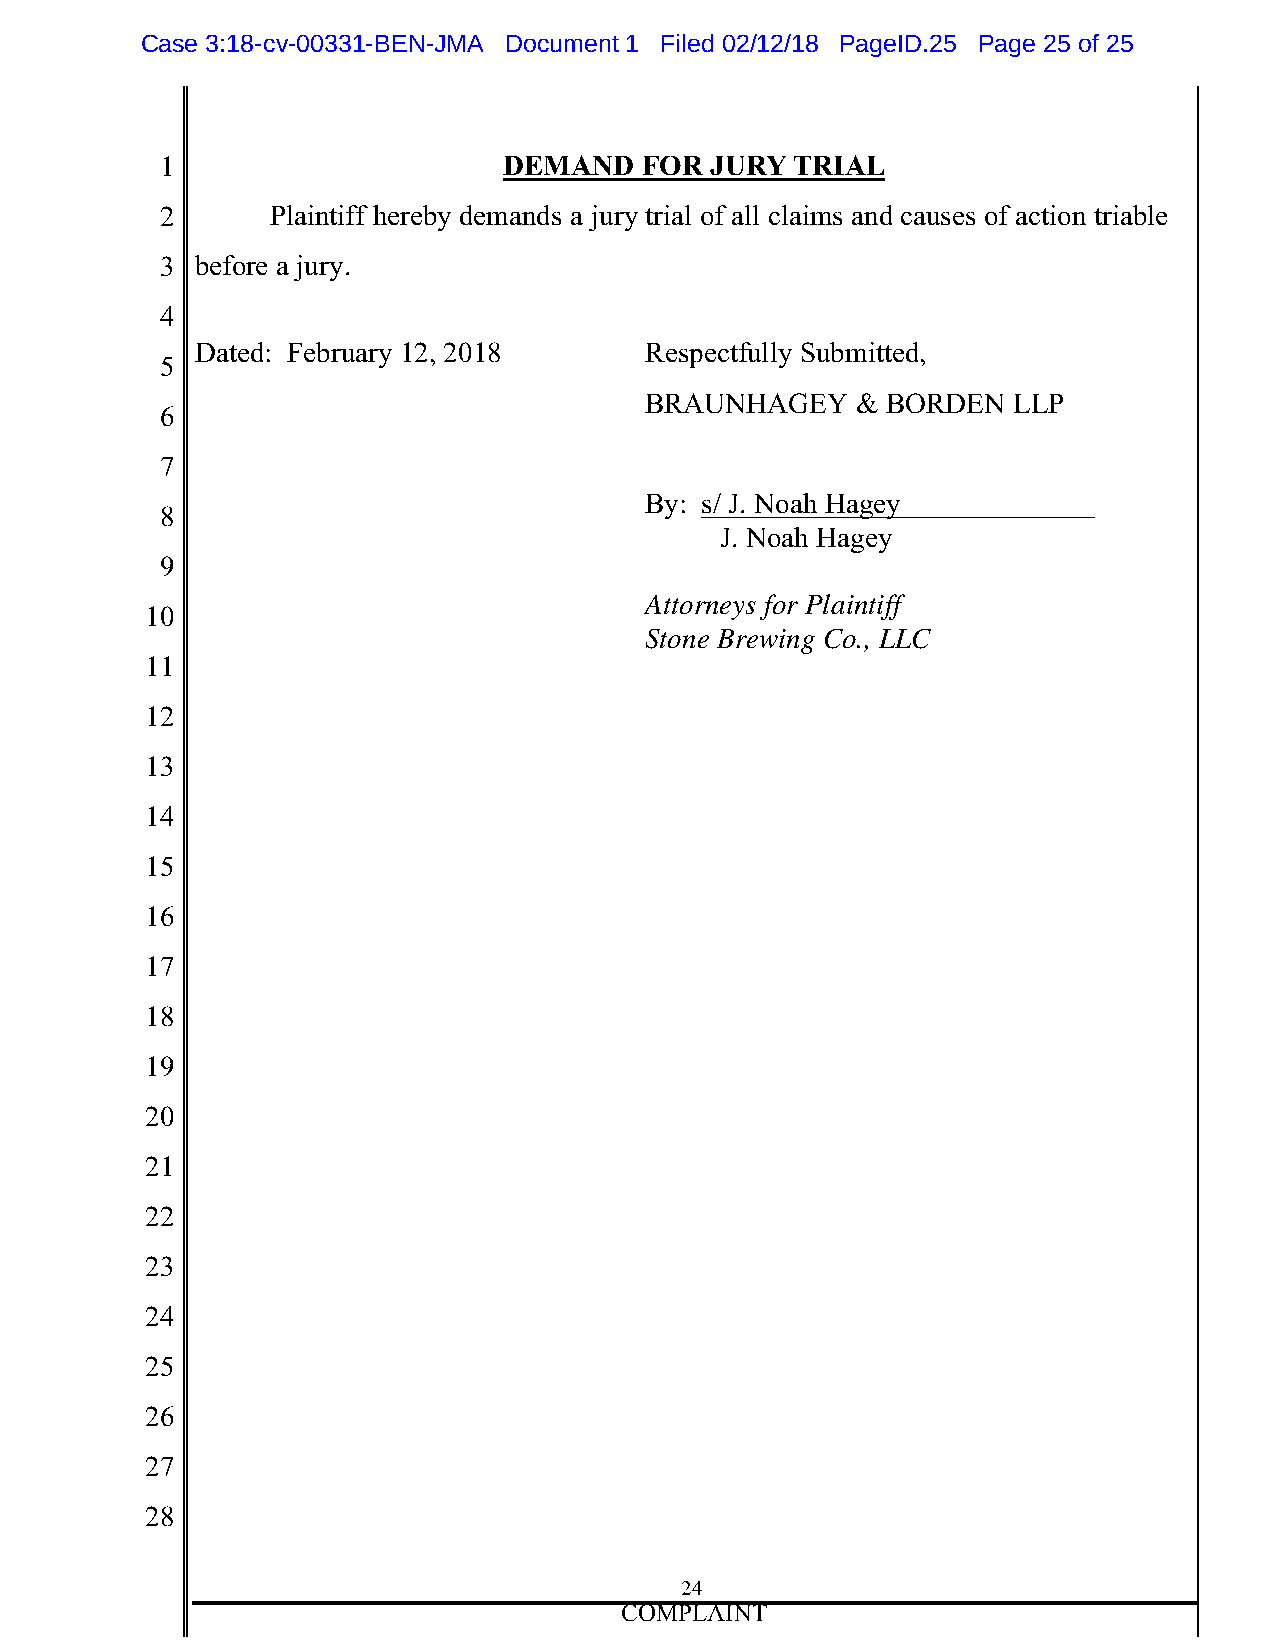
Ecug!4<29.ex.11442.DGP.LOC!!!Fqewogpv!2!!!Hkngf!13023029!!!RcigKF/36!!!Rcig!36!qh!36
 ,                     34=0>3    5?A 9DAG  CA80<
 -      H]RZ_eZWW YVcVSj UV^R_Ud R [fcj ecZR] ‘W R]] T]RZ^d R_U TRfdVd ‘W RTeZ‘_ ecZRS]V
 . SVW‘cV R [fcj)
 /
 <ReVU5 >VScfRcj ,-’ -+,3      IVdaVTeWf]]j JfS^ZeeVU’
 0
 9I8LF@8?=O    $ 9GI<=F  DDH
 1
 2
 9j5 d* B) F‘RY @RXVj
 3
 B) F‘RY @RXVj
 4
 Attorneys for Plaintiff
 ,+
 Stone Brewing Co., LLC
 ,,
 ,-
 ,.
 ,/
 ,0
 ,1
 ,2
 ,3
 ,4
 -+
 -,
 --
 -.
 -/
 -0
 -1
 -2
 -3
 -/
 ;GEHD8AFK